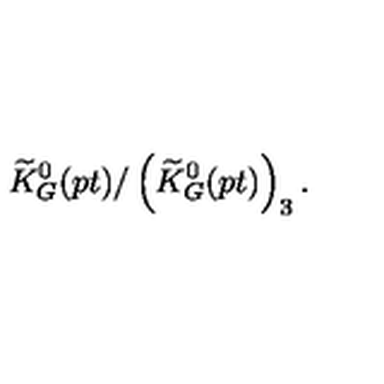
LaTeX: \widetilde { K } _ { G } ^ { 0 } ( p t ) / \left( \widetilde { K } _ { G } ^ { 0 } ( p t ) \right) _ { 3 } .